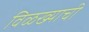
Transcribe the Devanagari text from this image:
विळख्याची